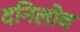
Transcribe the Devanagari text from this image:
दनिलोव